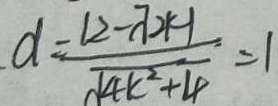
d = \frac { \vert 2 - 7 2 k - 1 } { \sqrt { 4 k ^ { 2 } + 4 } } = 1